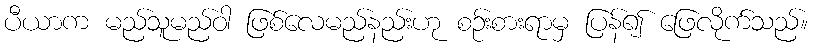
ပီယာက မည်သူမည်ဝါ ဖြစ်လေမည်နည်းဟု စဉ်းစားရာမှ ပြန်၍ ဖြေလိုက်သည်။